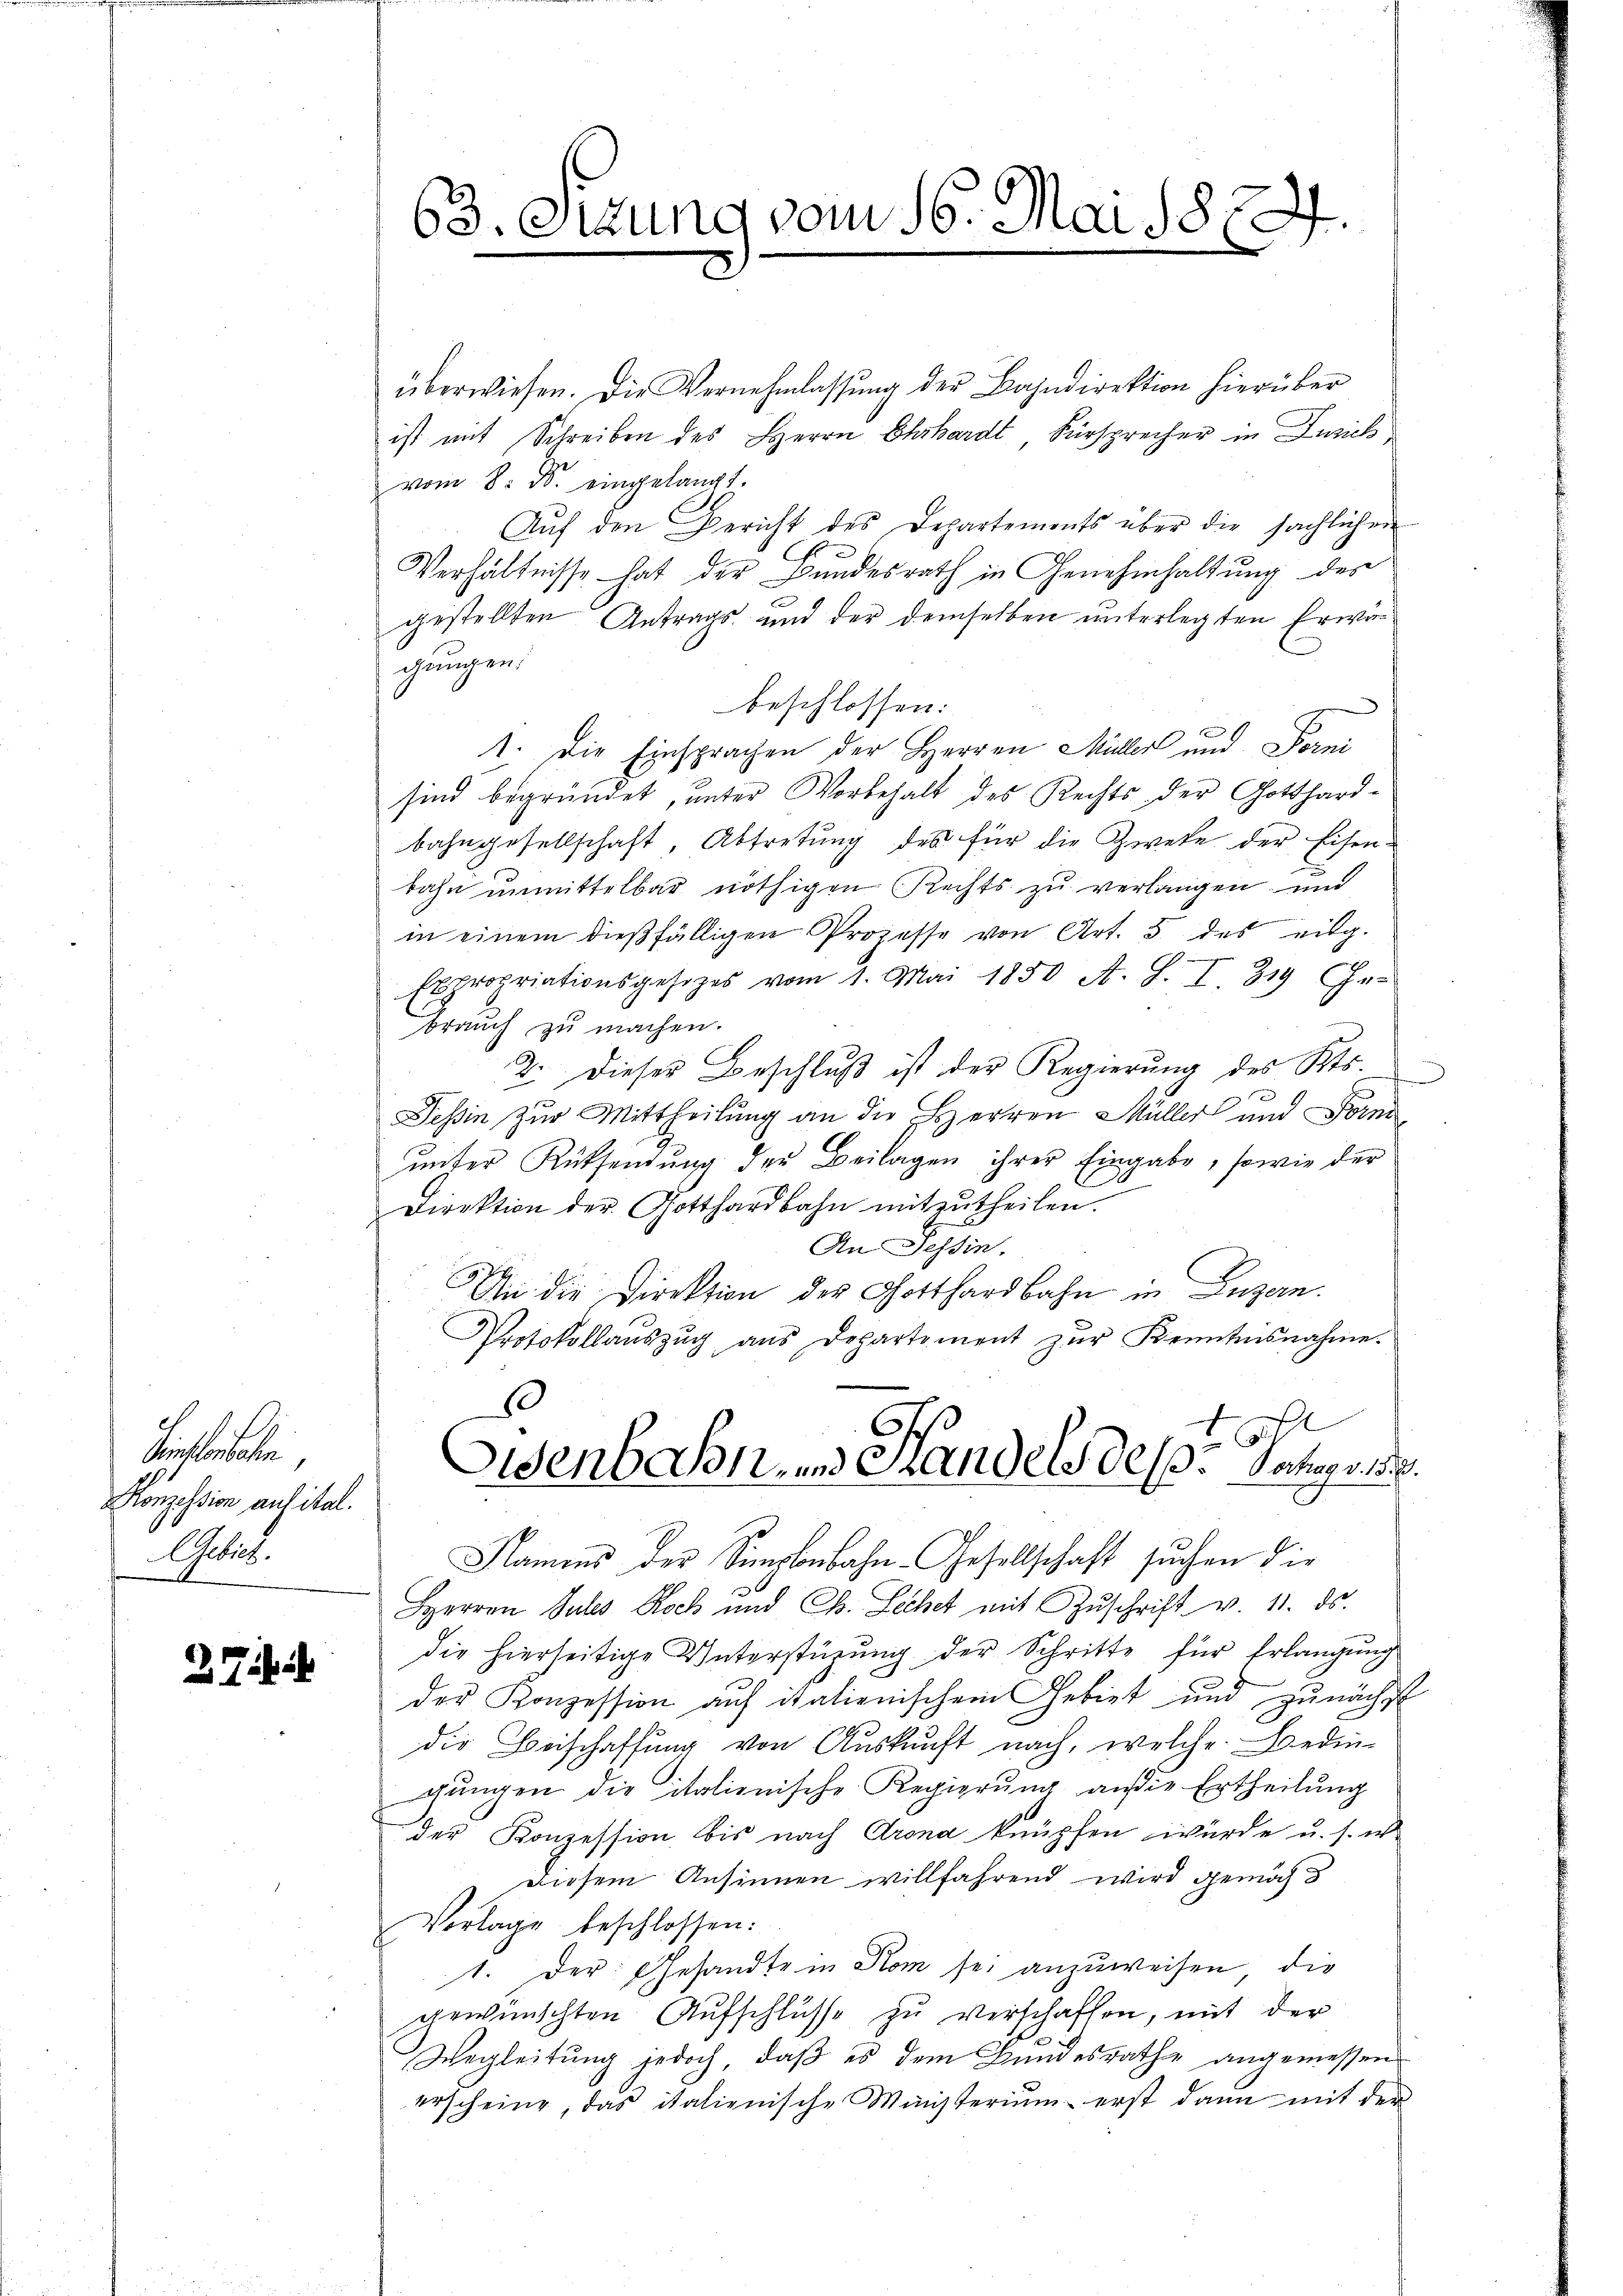
e
Konzession aufital.
Actis.

37 i

63. Sitzung vom 16. Mai 1822.
u

überwiesen. Die Vernehmlassung der Bahndirektion hierüber
ist mit Schreiben des Herrn Ehrhardt, Fürsprecher in Zusich,
vom 8. d. eingelangt.
Aŭf den Bericht des Departements über die sächlichen
Verhältnisse hat der Bundesrath in Genehmhaltung des
gestellten Antrags- und der demselben unterlegten Erwägungen.
beschlossen:
1. Die Einsprachen der Herren Müller und Forni
sind begründet, unter Worbehalt des Rechts der Gotthardbahngesellschaft, Abtretung des für die Zwete der Eisenbahn unmittelbar nöthigen Rechts zu verlangen und
in einem diesfälligen Prozesse von Art. 5 des eidg.
Expropriationsgesetzes vom 1. Mai 1850 A. S. I 319 Ge-
e
brauch zu machen.
2. Dieser Beschluß ist der Regierung des Kts
Teßin zur Mittheilung an die Herren Müller und Forniŭnter Rücksendŭng der Beilagen ihrer Eingabe, sowie der
C
Direktion der Gotthardbahn mitzutheilen.
An Tessin.
An die Direktion der Gotthardbahn in Luzern.
Protokollaŭszŭg ans Departement zŭr Kenntnisnahme.
s
t
Eisenbahn- und Handels des Jochung v. 18.
Namens der Simpbebahn-Gesellschaft suchen die
HHerren Sules Rock und Ch. Lechet mit Zŭschrift v. 11. ds.
die hierseitige Unterstüzung der Schritte für Erlangung
der Konzession auf italienischem Gebiet und zunächst
die Beischaffung von Auskunft nach, welche Bedinchŭngen die italienische Regierŭng ansie Ertheilung
der Konzession bis nach Arona knüpfen würde u. s. w.
Diesem Ansinnen willfahrend wird gemächt
Vorlage beschlossen:
1. Der Gesandte in Kom sei anzuweisen, die
gewünschten Aufschlüsse zu verschaffen, mit der
Wegleitung jedoch, daß es dem Bundesrathe angemessen
erscheine, das italienische Ministerium erst dann mit der